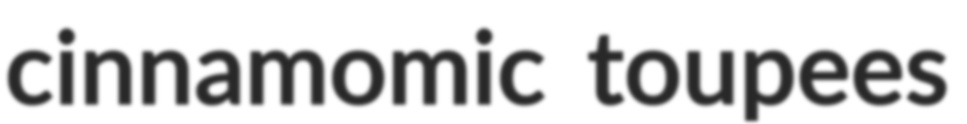
cinnamomic toupees